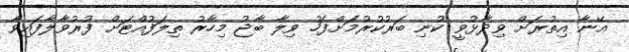
އޭނާ އިތުރަށް ވިދާޅުވީ ކުނި ބަރުކުރުމަށްފަހު ވިލާ ބާޖު މިހާރު ތިލަފުއްޓަށް ފުރުވާލާފައިވާ